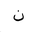
Letter: _non